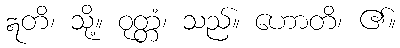
ဣတိ၊ သို့။ ဝုတ္တံ၊ သည်။ ဟောတိ၊ ၏။